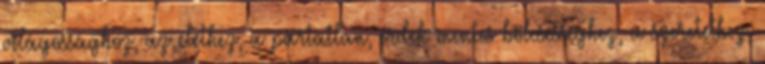
világossághoz, az élethez, a pártatlan, érdek-mentes bölcsességhez, a szeretethez,